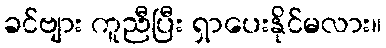
ခင်ဗျား ကူညီပြီး ရှာပေးနိုင်မလား။